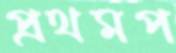
প্রথমপ